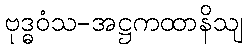
ဗုဒ္ဓဝံသ-အဋ္ဌကထာနိသျ